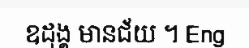
ឧដុង្គ មានជ័យ ។ Eng